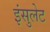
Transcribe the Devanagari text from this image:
इंसुलेट